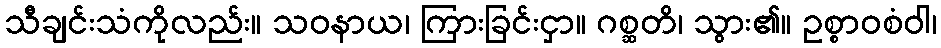
သီချင်းသံကိုလည်း။ သဝနာယ၊ ကြားခြင်းငှာ။ ဂစ္ဆတိ၊ သွား၏။ ဥစ္စာဝစံဝါ၊